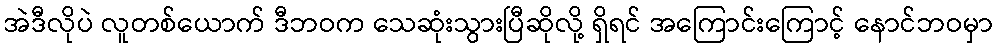
အဲဒီလိုပဲ လူတစ်ယောက် ဒီဘဝက သေဆုံးသွားပြီဆိုလို့ ရှိရင် အကြောင်းကြောင့် နောင်ဘဝမှာ